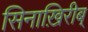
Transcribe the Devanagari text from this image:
सिनाख़िरीब्